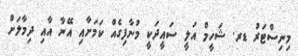
މިނިިސްޓަރު ޑރ. ޝަހީމް އަލީ ސައީދަކީ މުނާފިގެއް ކަމަށާއި އޭނާ އާއި ދިމާލަށް